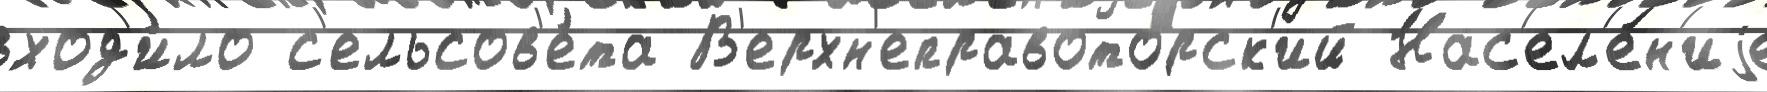
вход'и́ло с'ельсов'е́та В'ерхн'еправоторск'ий Нас'ел'е́н'иjе